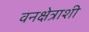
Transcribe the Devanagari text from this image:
वनक्षेत्राशी